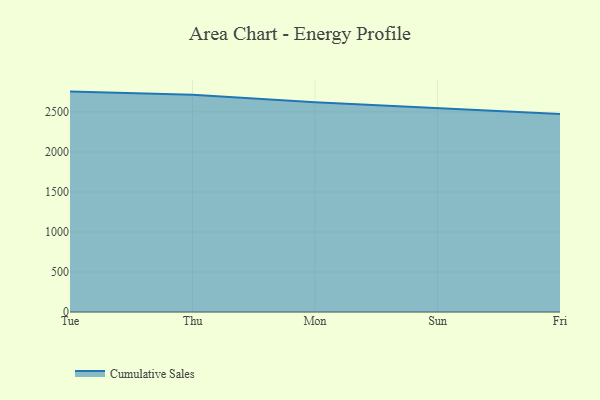
{"axis": {"x": "Day", "y": "Population (Million)"}, "legend": ["Cumulative Sales"], "data": [{"x": "Tue", "y": 2754.3, "type": "Cumulative Sales"}, {"x": "Thu", "y": 2715.7, "type": "Cumulative Sales"}, {"x": "Mon", "y": 2620.9, "type": "Cumulative Sales"}, {"x": "Sun", "y": 2549.6, "type": "Cumulative Sales"}, {"x": "Fri", "y": 2474.3, "type": "Cumulative Sales"}]}